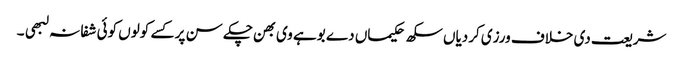
شریعت دی خلاف ورزی کردیاں سکھ حکیماں دے بوہے وی بھن چکے سن پر کسے کولوں کوئی شفا نہ لبھی ۔